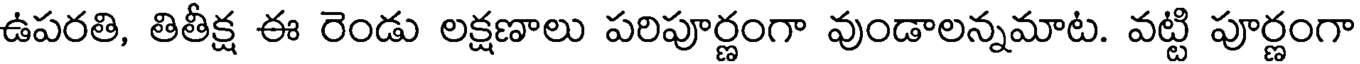
ఉపరతి, తితీక్ష ఈ రెండు లక్షణాలు పరిపూర్ణంగా వుండాలన్నమాట. వట్టి పూర్ణంగా